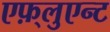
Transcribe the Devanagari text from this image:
एफ़्लुएन्ट